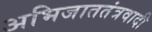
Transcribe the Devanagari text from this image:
अभिजाततंत्रवादी